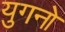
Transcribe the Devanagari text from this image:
युगनो